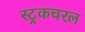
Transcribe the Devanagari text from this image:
स्ट्रकचरल